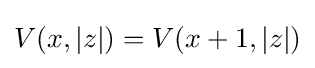
V(x,|z|)=V(x+1,|z|)